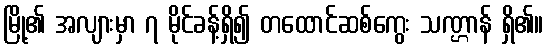
မြို့၏ အလျားမှာ ၇ မိုင်ခန့်ရှိ၍ တထောင်ဆစ်ကွေး သဏ္ဌာန် ရှိ၏။